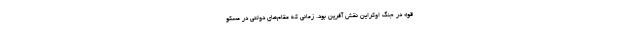
قو» در جنگ اوکراین نقش آفرین بود. زمانی که مقام‌های دولتی در مسکو